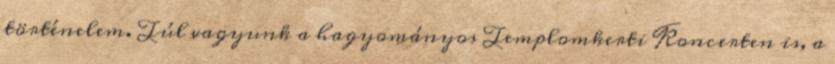
történelem. Túl vagyunk a hagyományos Templomkerti Koncerten is, a